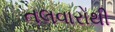
તલવારોથી